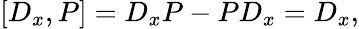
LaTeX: \left[D_{x},P\right]=D_{x}P-PD_{x}=D_{x},